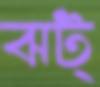
ঝট্‌